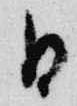
日